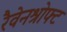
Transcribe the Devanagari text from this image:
रैवेनश्रोफ्ट